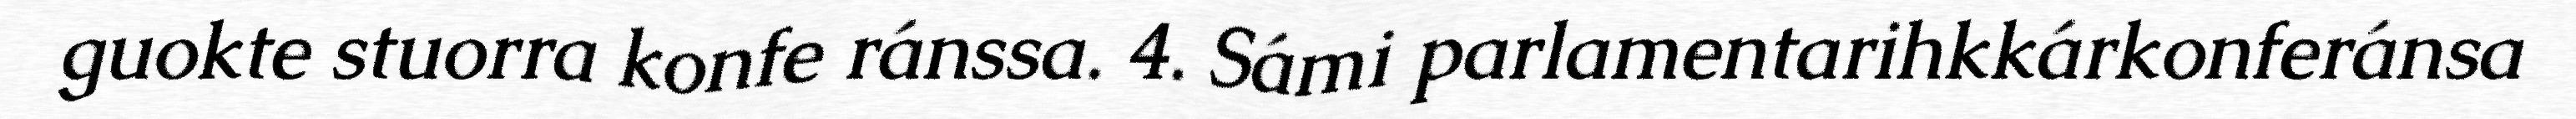
guokte stuorra konfe ránssa. 4. Sámi parlamentarihkkárkonferánsa